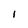
Character: I